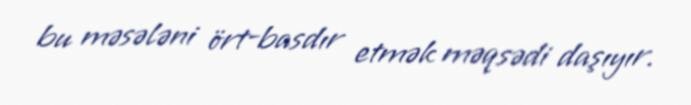
bu məsələni ört-basdır etmək məqsədi daşıyır.